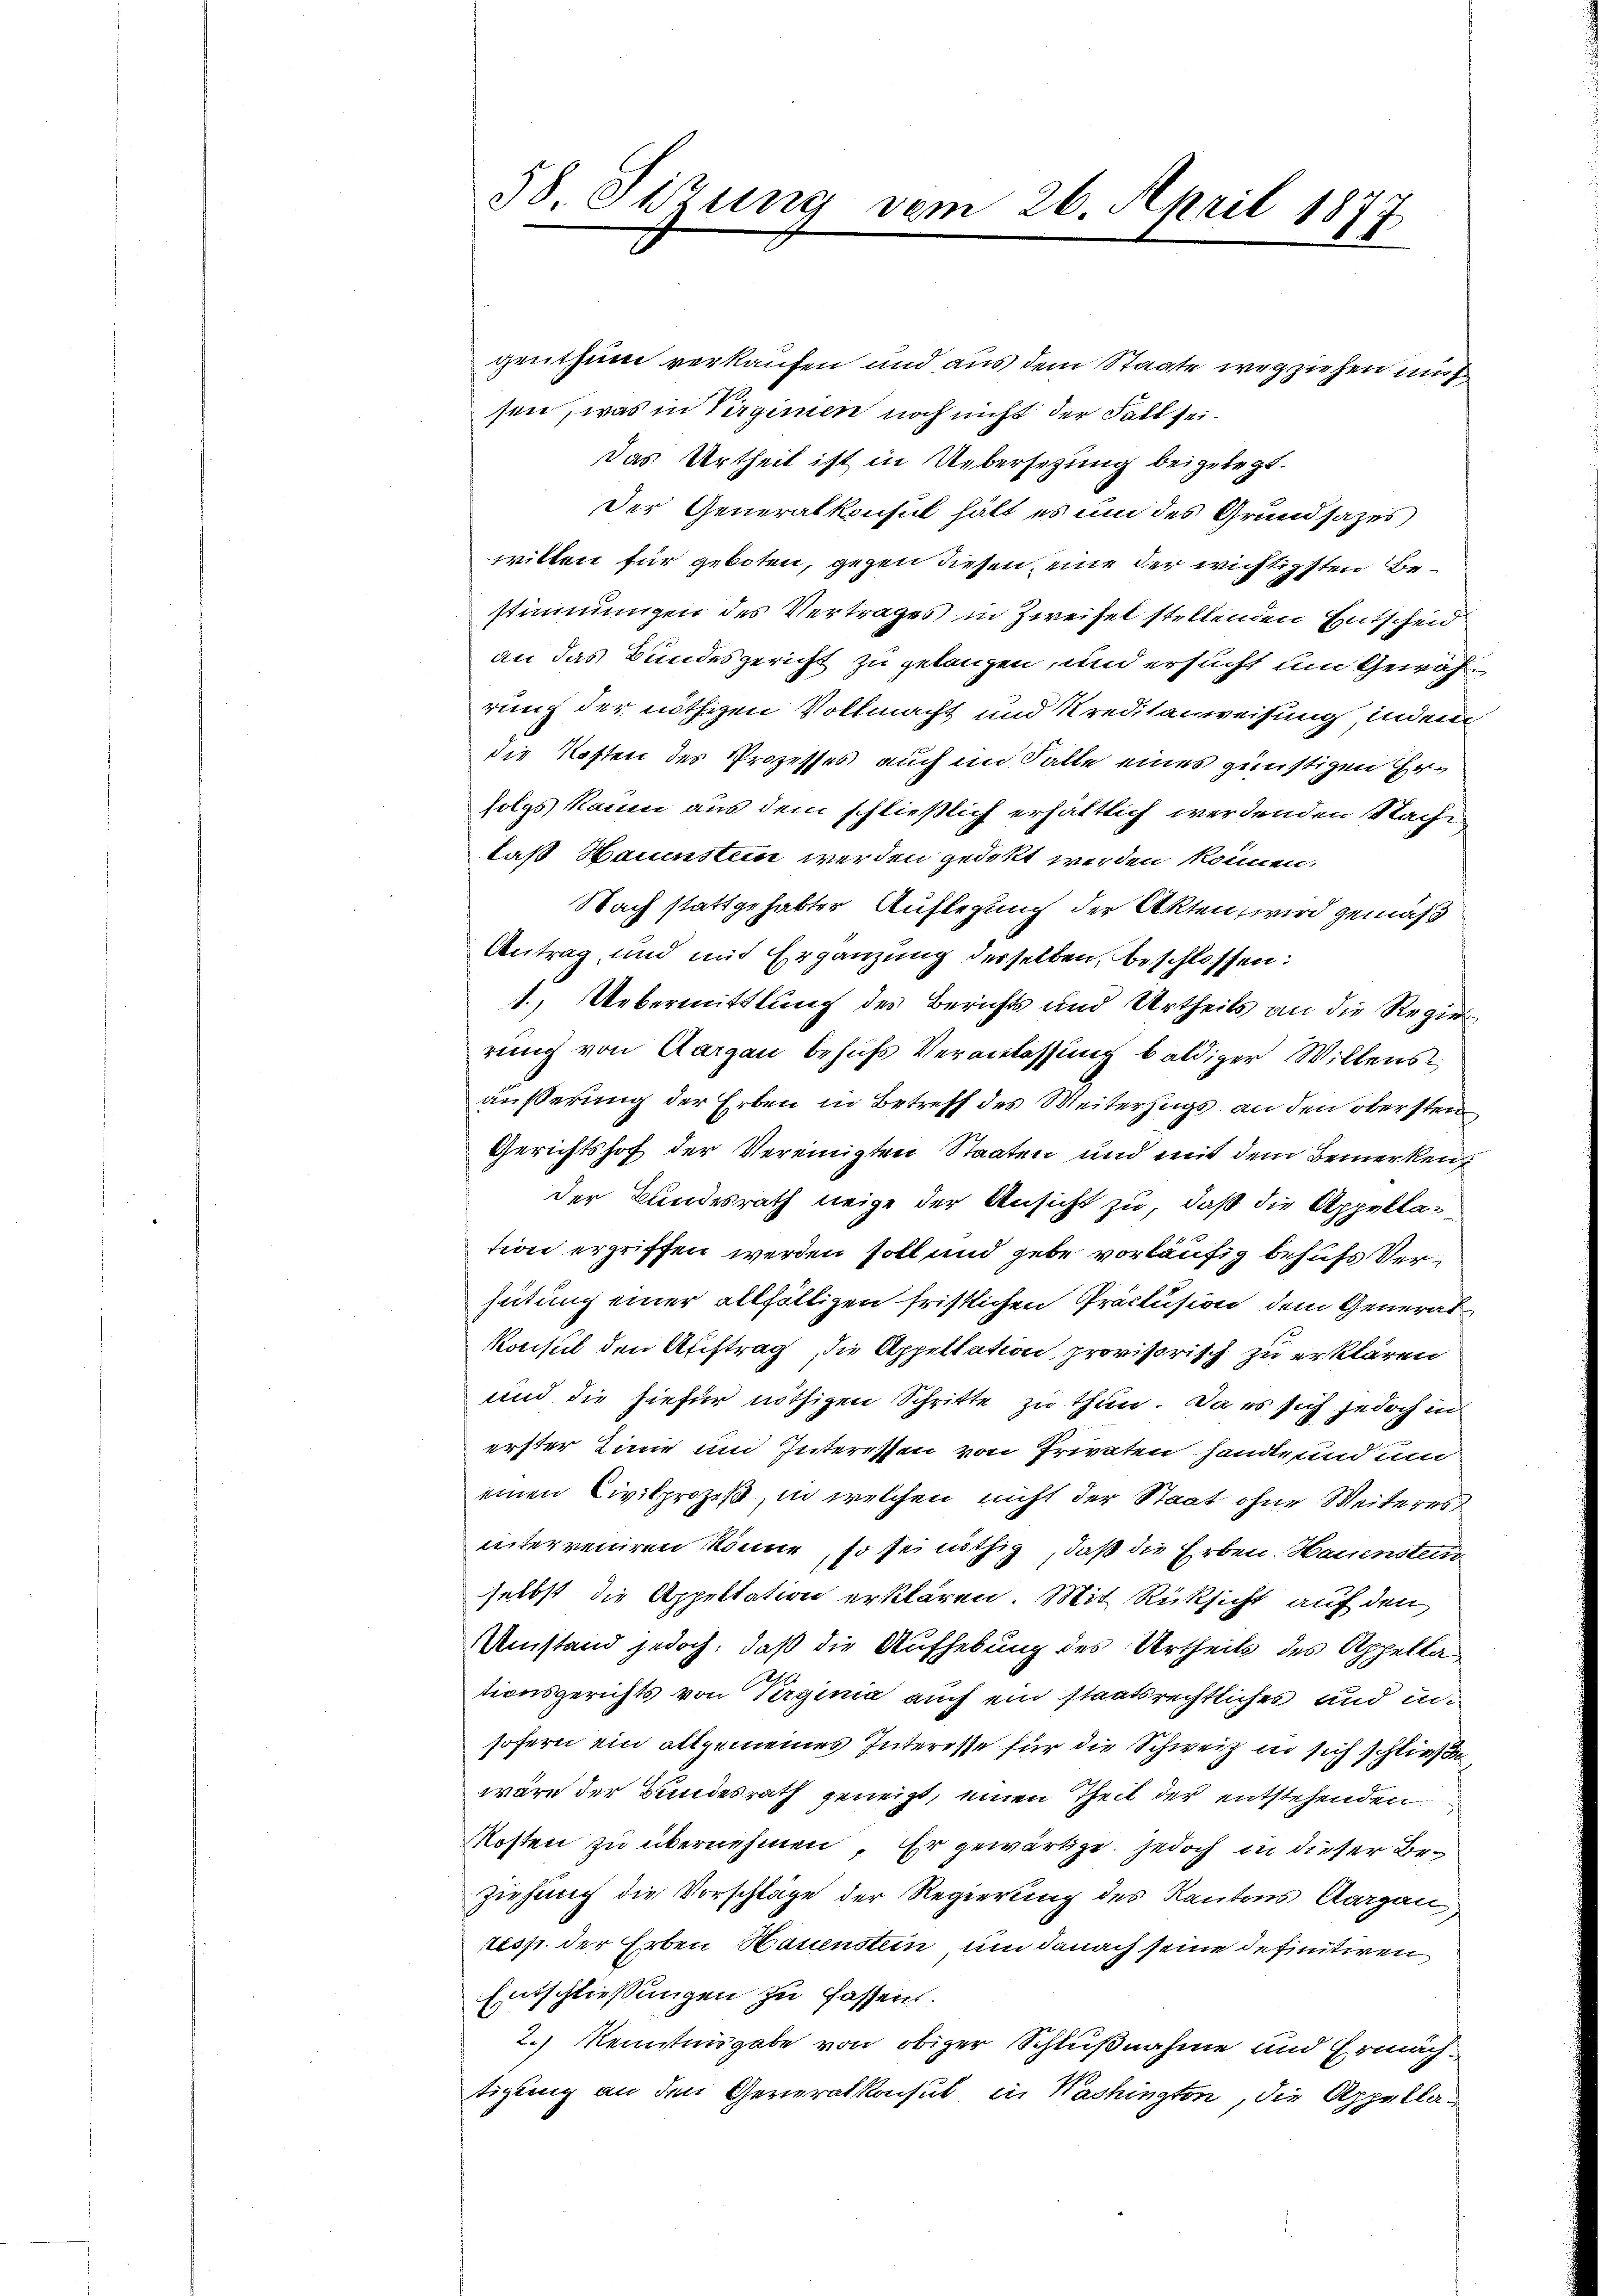
58 Sitzung vom 26. April 1877

genthum verkaufen und aus dem Staate wegziehen mu
sen, was in Virgimen noch nicht der Fall sei.
Das Urtheil ist in Uebersetzung beigelegt.
Der Generalkonsul hält es um des Grundsazes
willen für geboten, gegen diesen eine der wichtigsten Bestimmungen des Vertrages in Zweifel stellenden Entscheid
an das Bundesgericht zu gelangen, und ersucht um Gewährung der nöthigen Vollmacht und Kreditanweisung, indem
die Kosten des Prozesses auch im Falle eines günstigen Ersolgs kaum aus dem schließlich erhaltlich werdenden Sache
daß Hauenstein werden gedekt werden können.
Nach stattgehabter Auflegung der Akten, wird gemäß
Antrag, und und Ergänzung derselben, beschlossen:
1.) Uebermittlung des Berichts und Urtheils an die Regier
rung von Aargau behufs Veranlassung baldiger Willensäußerung der Erben in Betreff des Weiterzugs an den obersten
Gerichtshof der Vereinigten Staaten und mit dem Bemerken
der Bundesrath neige der Ansicht zu, daß die Appellation ergriffen werden soll und gebe vorläufig behufs Verhütung einer allfälligen fristlichen Präclusion dem General¬
Konsul den Auftrag, die Appellation provisorisch zu erklären
und die hiefür nöthigen Schritte zu thun. Da es sich jedoch in
erster Linie und Interessen von Privaten hande und und
einen Civilprozeß, in welchen nicht der Staat ohne Weiteres
interreiren könne, so sei nöthig, daß die Erben Hauenstein
selbst die Appeltation erklären. Mit Rücksicht auf den
Umstand jedoch, daß die Aufhebung des Urtheils des Appellationsgerichts von Verginia auch ein staatsrechtliches und insofern ein allgemeines Interesse für die Schweiz in sich schließen
wäre der Bundesrath geneigt, einen Theil der entstehenden
Mosten zu übernehmen. Er gewärtige. Jedoch in dieser Beziehung die Vorschläge der Regierung des Kantons Aargau,
resp. der Erben Hauenstein, um danach seine definitiren
Entschließungen zu fassen.
2.) Kenntnisgabe von obiger Schlußnahme und Ermächtigung an den Generalkonsul in Washington, die Appella¬